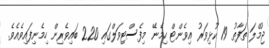
ޖުމްލަ ތަފާތު 19 ކުޅިވަރު އިވެންޓް ހިމެނޭ މިފެސްޓިވަލްގައި 220 ބައިވެރިން ހިމެނިފައިވެއެވެ.